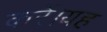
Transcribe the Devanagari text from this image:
करें।यह